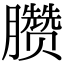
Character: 臜